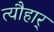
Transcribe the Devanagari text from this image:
त्यौहार्